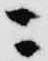
ニ